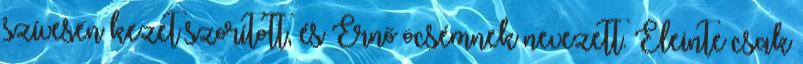
szívesen kezet szorított, és Ernő öcsémnek nevezett. Eleinte csak